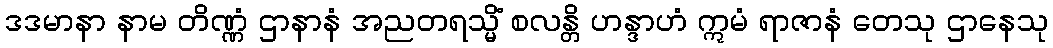
ဒဒမာနာ နာမ တိဏ္ဏံ ဌာနာနံ အညတရသ္မိံ စလန္တိ ဟန္ဒာဟံ ဣမံ ရာဇာနံ တေသု ဌာနေသု